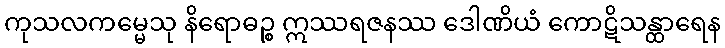
ကုသလကမ္မေသု နိရောဓဉ္စ ဣဿရဇနဿ ဒေါဏိယံ ကောဋိသန္ထာရေန